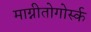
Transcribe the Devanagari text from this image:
माग्नीतोगोर्स्क